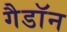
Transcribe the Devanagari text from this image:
गैडाॅन